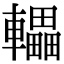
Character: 轠